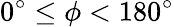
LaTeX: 0^{\circ}\leq\phi<180^{\circ}